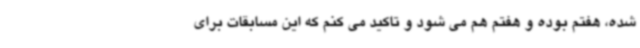
شده، هفتم بوده و هفتم هم می شود و تاکید می کنم که این مسابقات برای